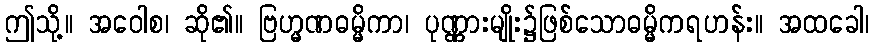
ဤသို့။ အဝေါစ၊ ဆို၏။ ဗြဟ္မဏဓမ္မိကာ၊ ပုဏ္ဏားမျိုး၌ဖြစ်သောဓမ္မိကရဟန်း။ အထခေါ၊